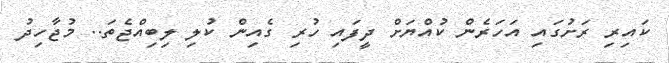
ކައިރި ރަށުގައި އަހަރެން ކުއްޔަށް ދީފައި ހުރި ގެއިން ކުލި ލިބިއްޖެތަ.. މުޖާހިދު